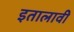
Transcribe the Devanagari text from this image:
इतालावी